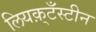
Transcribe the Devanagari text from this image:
लियक़्टँस्टीन